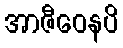
အာဇီဝေနပိ